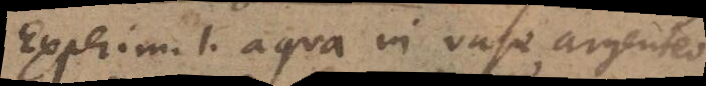
Experim. 1. aqua in vase argenteo